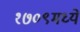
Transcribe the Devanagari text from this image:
१७०९मध्ये